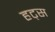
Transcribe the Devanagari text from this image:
हट्स